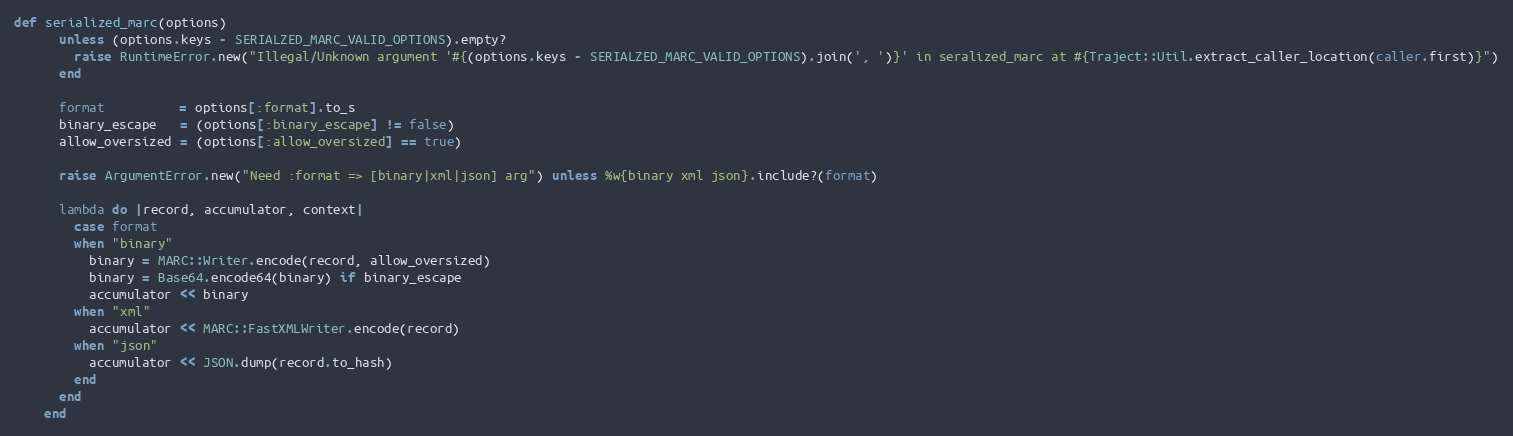
Language: Ruby
def serialized_marc(options)
      unless (options.keys - SERIALZED_MARC_VALID_OPTIONS).empty?
        raise RuntimeError.new("Illegal/Unknown argument '#{(options.keys - SERIALZED_MARC_VALID_OPTIONS).join(', ')}' in seralized_marc at #{Traject::Util.extract_caller_location(caller.first)}")
      end

      format          = options[:format].to_s
      binary_escape   = (options[:binary_escape] != false)
      allow_oversized = (options[:allow_oversized] == true)

      raise ArgumentError.new("Need :format => [binary|xml|json] arg") unless %w{binary xml json}.include?(format)

      lambda do |record, accumulator, context|
        case format
        when "binary"
          binary = MARC::Writer.encode(record, allow_oversized)
          binary = Base64.encode64(binary) if binary_escape
          accumulator << binary
        when "xml"
          accumulator << MARC::FastXMLWriter.encode(record)
        when "json"
          accumulator << JSON.dump(record.to_hash)
        end
      end
    end